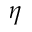
\eta